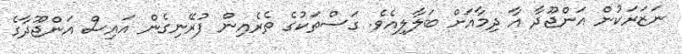
ނަޒަރަކުން އަންޖޫދާ އާ ދިމާއަށް ބަލާލިއެވެ. ގަސްތަކުގެ ތެރެއިން ފުރޭނިގެން އައިސް އަންޖޫދާގެ